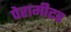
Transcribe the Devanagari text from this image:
पेरामीटर